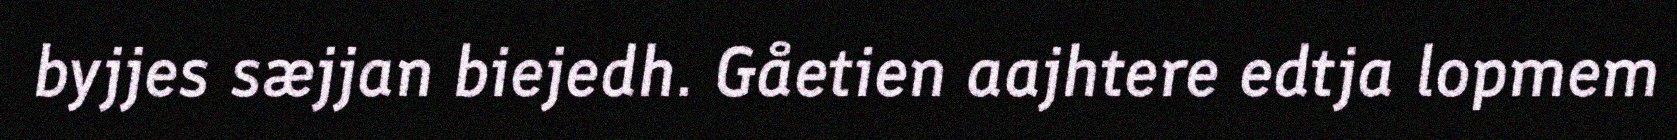
byjjes sæjjan biejedh. Gåetien aajhtere edtja lopmem